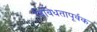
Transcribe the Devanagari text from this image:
विविधतापूर्वक